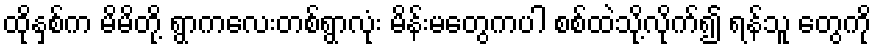
ထိုနှစ်က မိမိတို့ ရွာကလေးတစ်ရွာလုံး မိန်းမတွေကပါ စစ်ထဲသို့လိုက်၍ ရန်သူ တွေကို